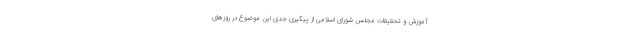
آموزش و تحقیقات مجلس شورای اسلامی از پیگیری جدی این موضوع در روزهای